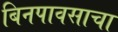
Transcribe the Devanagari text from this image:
बिनपावसाचा